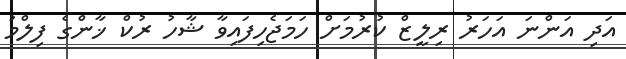
އަދި އަންނަ އަހަރު ރިލީޒް ކުރުމަށް ހަމަޖެހިފައިވާ ޝާހު ރުކް ޚާންގެ ފިލްމު